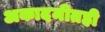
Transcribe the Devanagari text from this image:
अकादमीतही